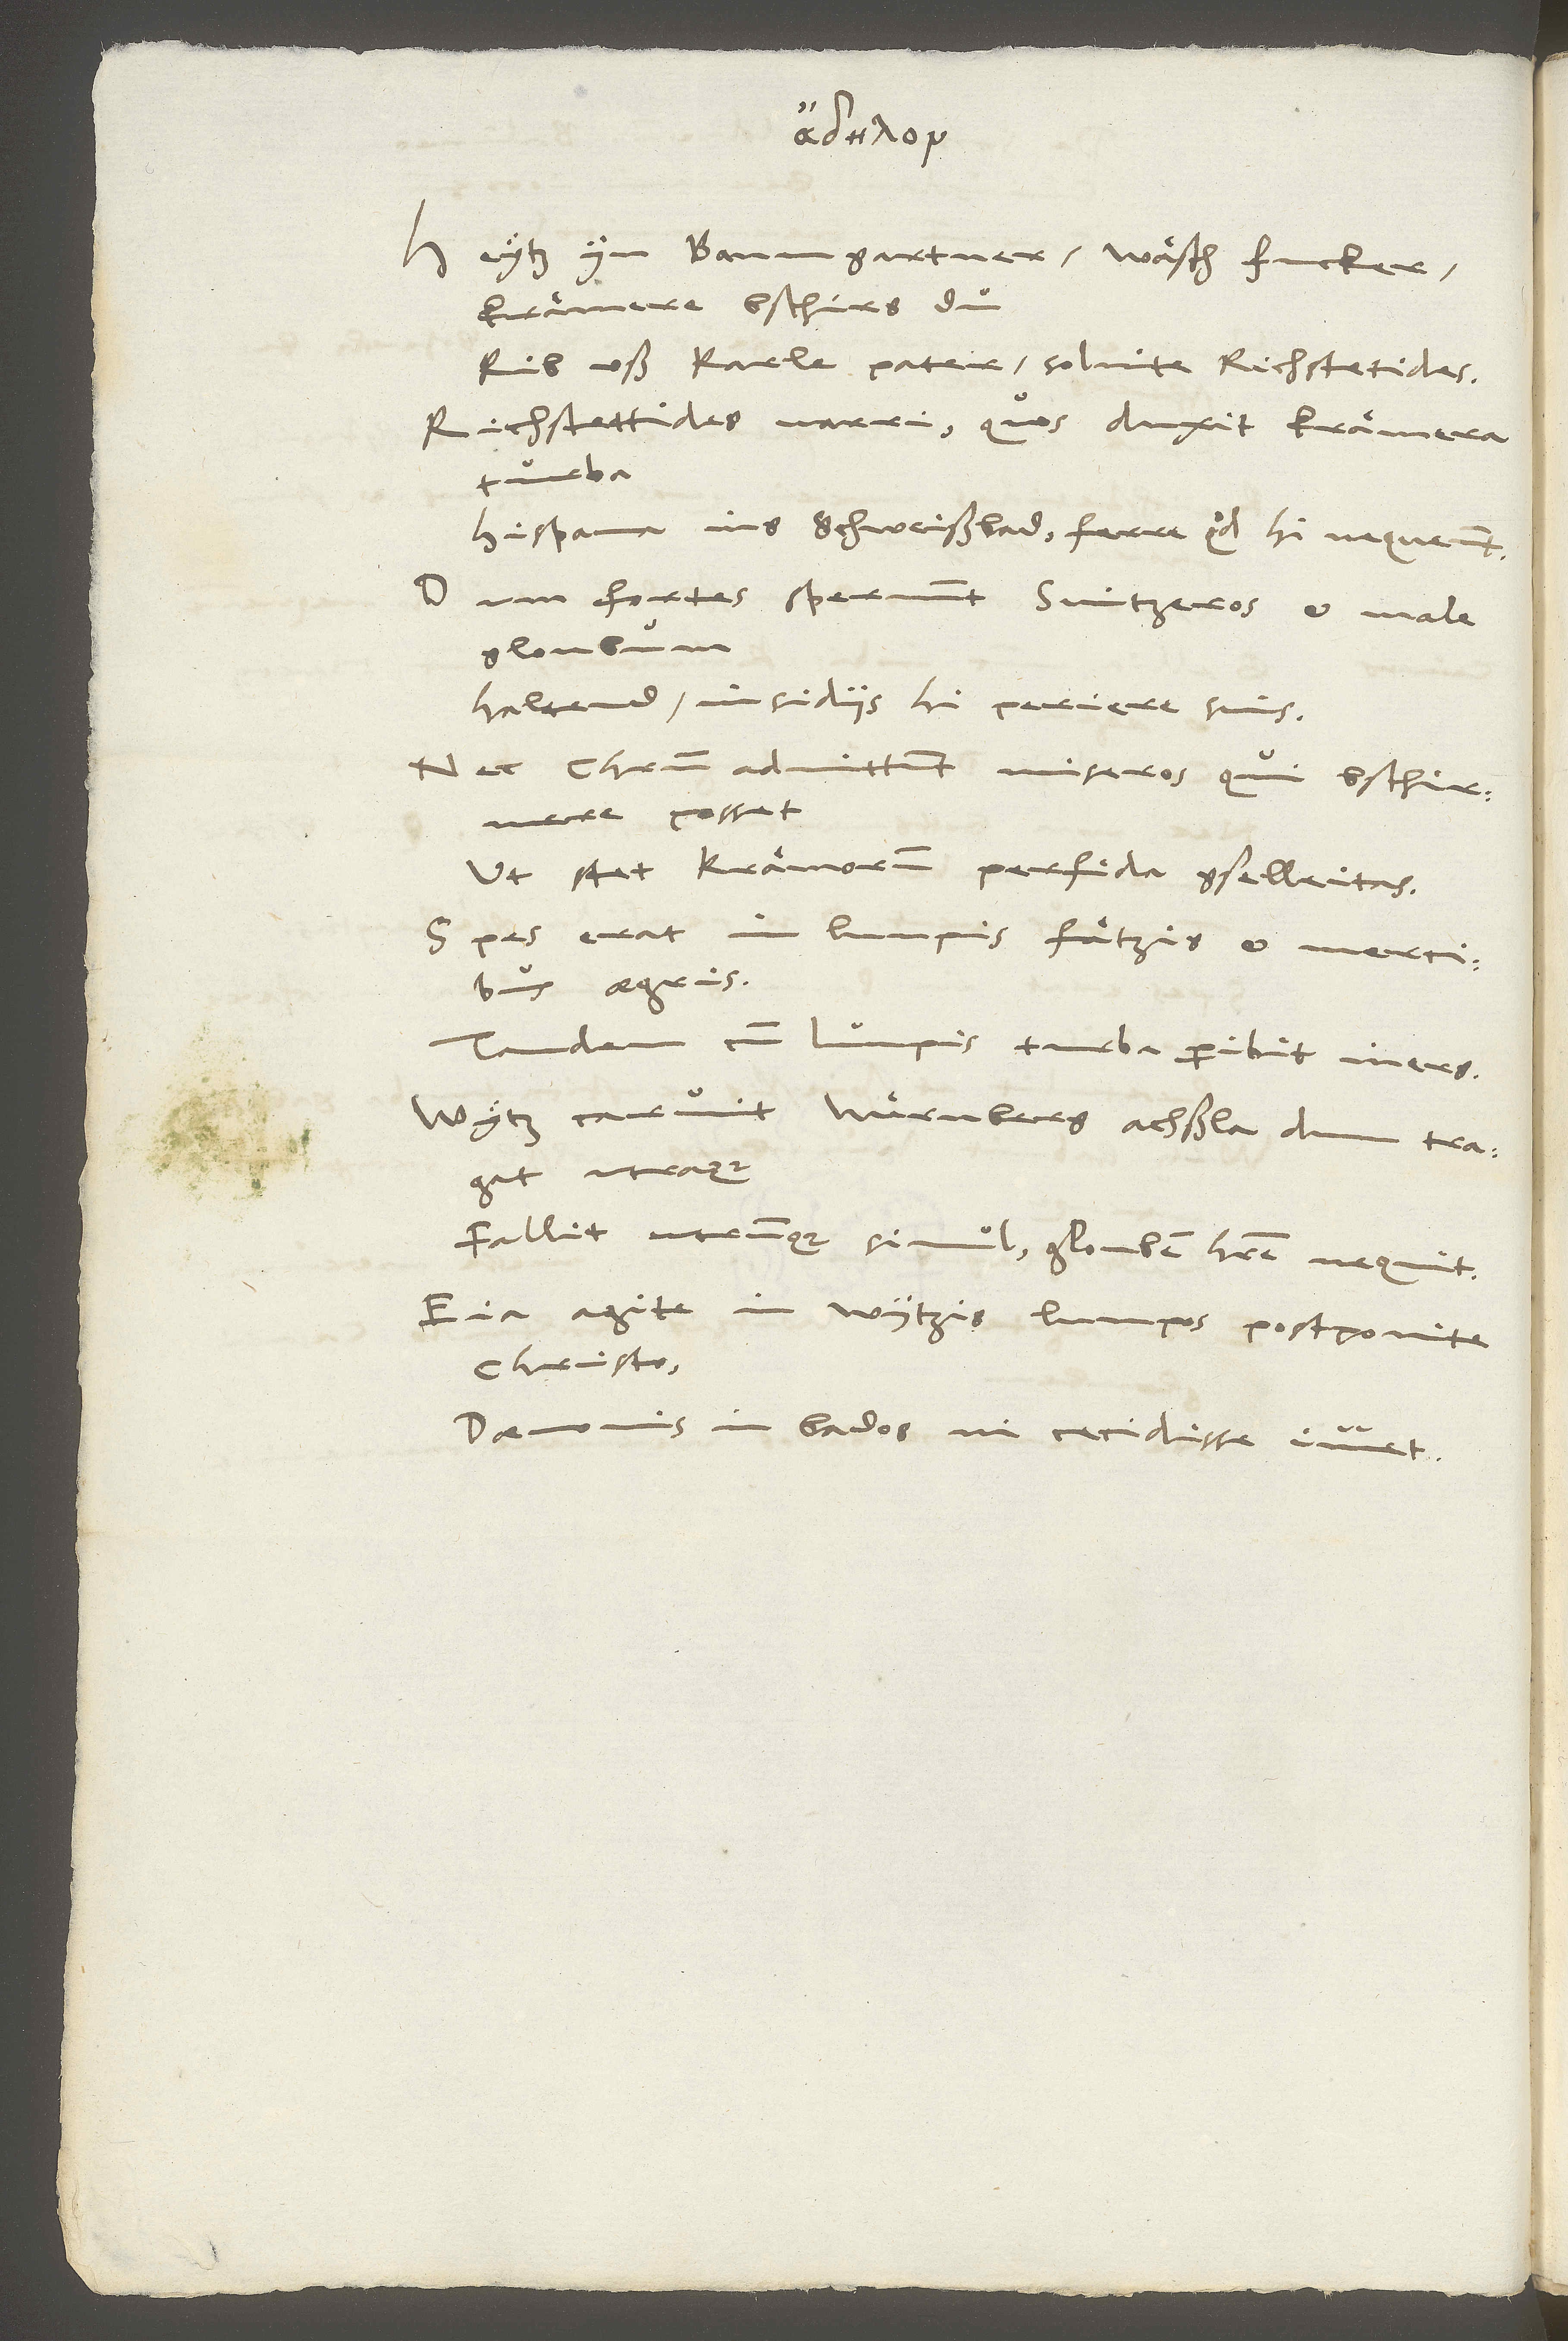
Heytz yn, Baumgartner! Wäsch, Fucker!
Krämere, bschirs du!
Rib uß, Karle pater! Solvite, Richstetides,
Richstettides narri, quos duxit krämera
Hispana ins Schweißbad, ferre quod hi nequeunt!
Dum fortes spernunt Svitzeros et male
gloubum
Haltend, insidiis hi periere suis.
Nec Christum admittunt, miseros qui bschirmere
posset,
Ut stet krämorum perfida gselleitas.
Spes erat in lumpis, fätzis et mercibus
aegris.
Tandem cum lumpis turba peribit iners.
Wytz caruit Nürnberg, achßla dum tragat
Fallit utrumque simul, glouben habere nequit.
Eia! Agite in Wytzis, lumpos postponite
Christo,
Daemonis in bados ne cecidisse iuvet.